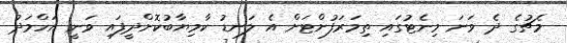
މެޗުގެ ދެ ވަނަ މިނެޓުގައި ތިމަރަފުށްޓަށް އެ ލަނޑު ކާމިޔާބުކޮށްދީފައި ވަނީ އަހްމަދު